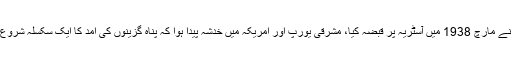
جب جرمنی نے مارچ 1938 میں آسٹریہ پر قبضہ کیا، مشرقی یورپ اور امریکہ میں خدشہ پیدا ہوا کہ پناہ گزینوں کی آمد کا ایک سکسلہ شروع ہو جائے گا۔